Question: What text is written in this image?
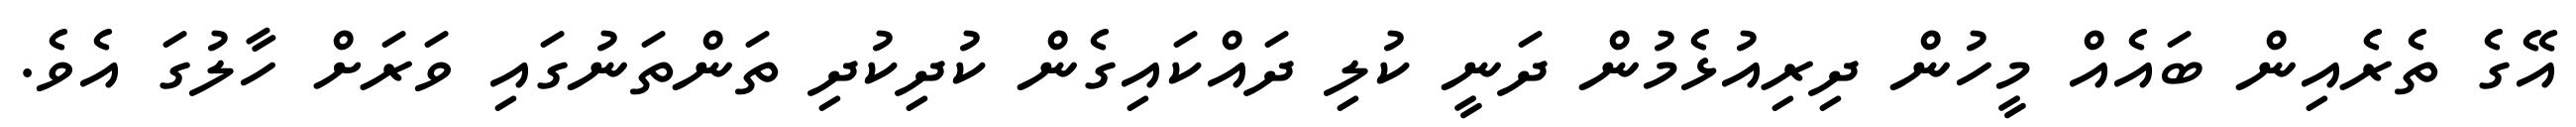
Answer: އޭގެ ތެރެއިން ބައެއް މީހުން ދިރިއުޅެމުން ދަނީ ކުލި ދައްކައިގެން ކުދިކުދި ތަންތަނުގައި ވަރަށް ހާލުގަ އެވެ.